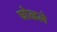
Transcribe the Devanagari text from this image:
घोळले